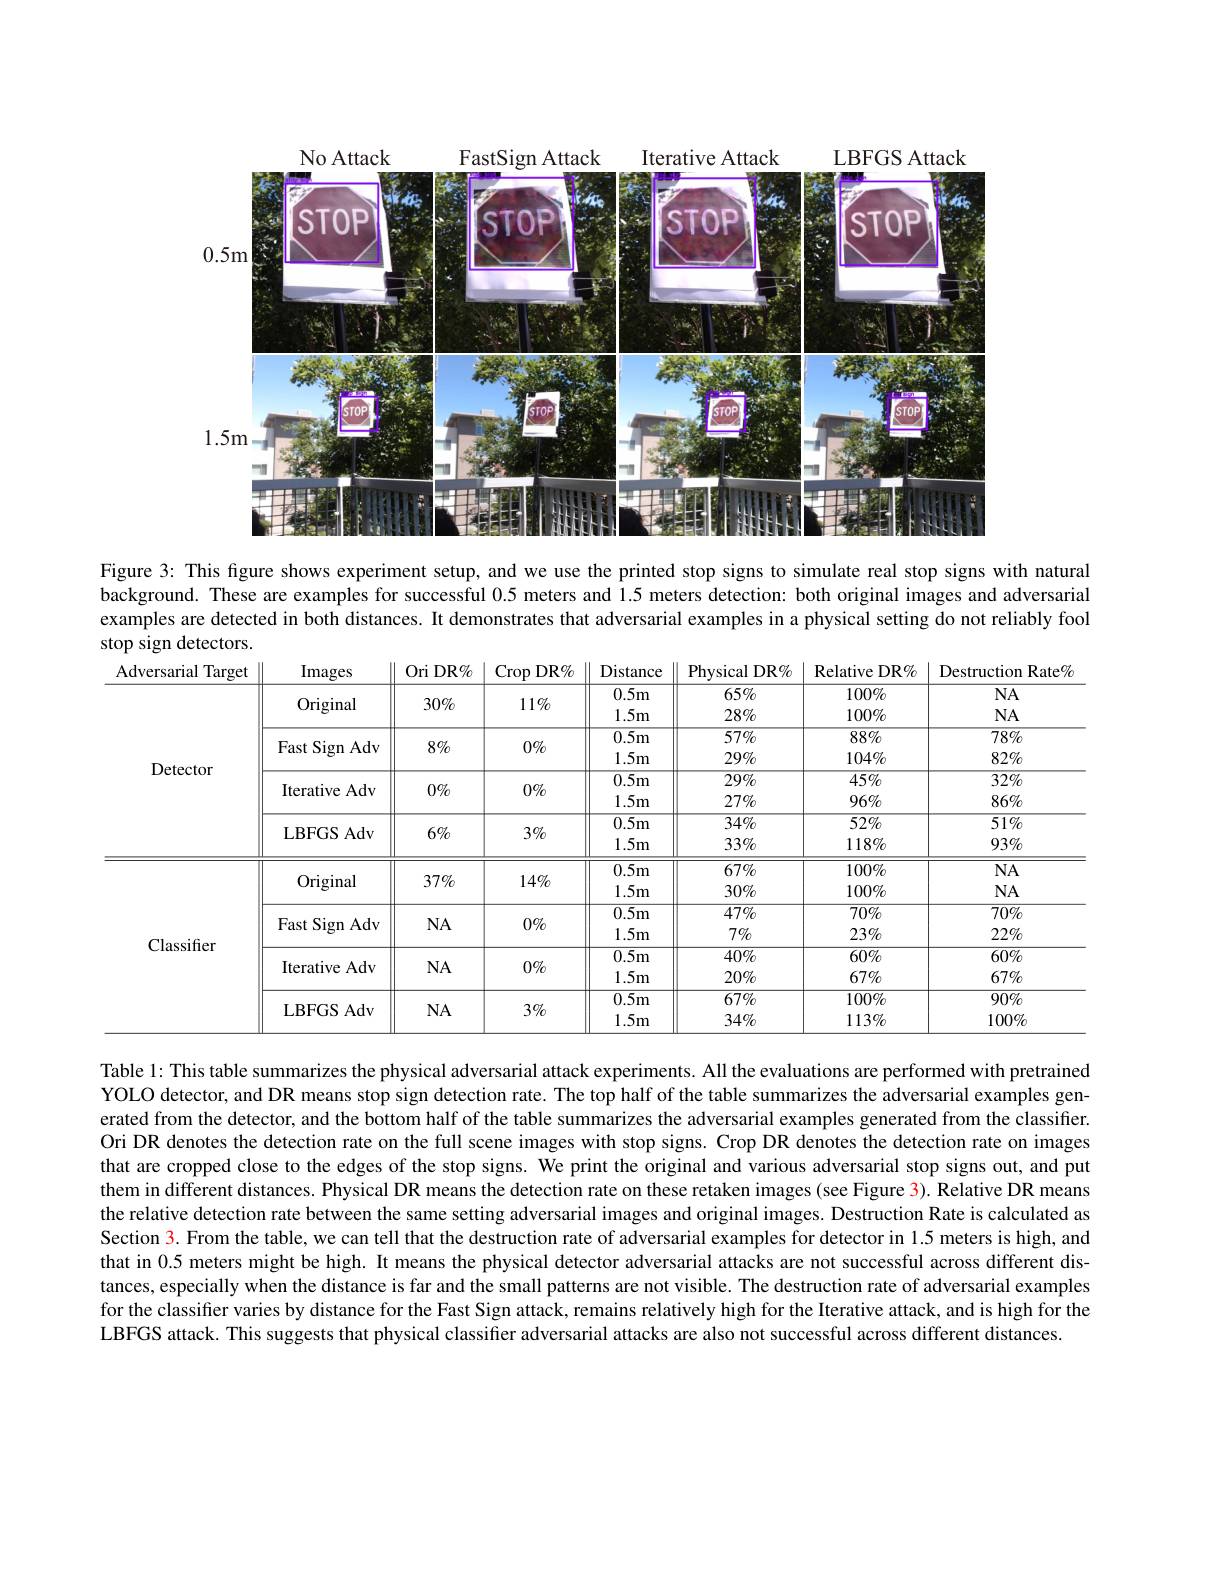
<FigureHere>

Figure 3: This figure shows experiment setup, and we use the printed stop signs to simulate real stop signs with natural background. These are examples for successful 0.5 meters and 1.5 meters detection: both original images and adversarial examples are detected in both distances. It demonstrates that adversarial examples in a physical setting do not reliably fool stop sign detectors.

<table>
	<tbody>
		<tr>
			<th>Adversarial Target</th>
			<th>Images</th>
			<th>Ori DR%</th>
			<th>$\operatorname{Crop}$ $DR\%$</th>
			<th>Distance</th>
			<th>Physical $DR\%$ </th>
			<th>Relative DR$\%$</th>
			<th>Destruction Rate%</th>
		</tr>
		<tr>
			<td rowspan="6">Detector</td>
			<td rowspan="1">Original</td>
			<td rowspan="1">$30\%$</td>
			<td>$11\%$</td>
			<td>$0.5m$ $1.5m$</td>
			<td>$65\%$ $28\%$</td>
			<td>$100\%$ $100\%$</td>
			<td>$NA$ $NA$</td>
		</tr>
		<tr>
			<td>rast sign Ad</td>
			<td rowspan="1">$8\%$</td>
			<td>$0\%$</td>
			<td>$1.5m$</td>
			<td>$29\%$</td>
			<td>$104\%$</td>
			<td>$82\%$</td>
		</tr>
		<tr>
			<td rowspan="2">Iterative Adv</td>
			<td> </td>
			<td rowspan="2">$0\%$</td>
			<td>$0.5m$</td>
			<td>$29\%$</td>
			<td>$45\%$</td>
			<td>$32\%$</td>
		</tr>
		<tr>
			<td>$0\%$</td>
			<td>$1.5m$</td>
			<td>$27\%$</td>
			<td>$96\%$</td>
			<td>$86\%$</td>
		</tr>
		<tr>
			<td> </td>
			<td rowspan="2">$6\%$</td>
			<td rowspan="2">$3\%$</td>
			<td>0.5m</td>
			<td>$34\%$</td>
			<td>$52\%$</td>
			<td>$51\%$</td>
		</tr>
		<tr>
			<td>LBFUD AdN</td>
			<td>$1.5m$</td>
			<td>$33\%$</td>
			<td>$118\%$</td>
			<td>$93\%$</td>
		</tr>
		<tr>
			<td rowspan="10">Classifier</td>
			<td> </td>
			<td rowspan="3">$37\%$</td>
			<td> </td>
			<td>$0.5m$</td>
			<td>$67\%$</td>
			<td>100%</td>
			<td>$NA$</td>
		</tr>
		<tr>
			<td>Original</td>
			<td>$14\%$</td>
			<td>$0.5m$ $1.5m$</td>
			<td>$67\%$ $30\%$</td>
			<td>100% 100%</td>
			<td>$NA$ $NA$</td>
		</tr>
		<tr>
			<td>$\operatorname{\mathrm{Umginal}}$</td>
			<td>$14\%$</td>
			<td>$1.5m$</td>
			<td>$30\%$</td>
			<td>$100\%$</td>
			<td>$NA$</td>
		</tr>
		<tr>
			<td rowspan="2">Fast Sign Adv</td>
			<td rowspan="2">$NA$</td>
			<td> </td>
			<td>$0.5m$</td>
			<td>$47\%$</td>
			<td>$70\%$</td>
			<td>$70\%$</td>
		</tr>
		<tr>
			<td>$0\%$</td>
			<td>$1.5m$</td>
			<td>$7\%$</td>
			<td>$23\%$</td>
			<td>$22\%$</td>
		</tr>
		<tr>
			<td rowspan="2">Iterative Adv</td>
			<td rowspan="2">$NA$</td>
			<td rowspan="2">$0\%$</td>
			<td>$0.5m$</td>
			<td>$40\%$</td>
			<td>$60\%$</td>
			<td>$60\%$</td>
		</tr>
		<tr>
			<td>$1.5m$</td>
			<td>$20\%$</td>
			<td>$67\%$</td>
			<td>$67\%$</td>
		</tr>
		<tr>
			<td rowspan="3">LBFGS Adv</td>
			<td rowspan="3">$NA$</td>
			<td> </td>
			<td>$0.5m$</td>
			<td>$67\%$</td>
			<td>$100\%$</td>
			<td>$90\%$</td>
		</tr>
		<tr>
			<td>$3\%$</td>
			<td>$\overline{0.5\mathrm{m}}$ $1.5m$</td>
			<td>$67\%$ $34\%$</td>
			<td>$100\%$ $113\%$</td>
			<td>$90\%$ $100\%$</td>
		</tr>
		<tr>
			<td>$J\%$</td>
			<td>$1.5m$</td>
			<td>$34\%$</td>
			<td>$113\%$</td>
			<td>$100\%$</td>
		</tr>
	</tbody>
</table>

Table 1: This table summarizes the physical adversarial attack experiments. All the evaluations are performed with pretrained YOLO detector, and DR means stop sign detection rate. The top half of the table summarizes the adversarial examples generated from the detector, and the bottom half of the table summarizes the adversarial examples generated from the classifier. Ori DR denotes the detection rate on the full scene images with stop signs. Crop DR denotes the detection rate on images that are cropped close to the edges of the stop signs. We print the original and various adversarial stop signs out, and put them in different distances. Physical DR means the detection rate on these retaken images (see Figure 3). Relative DR means the relative detection rate between the same setting adversarial images and original images. Destruction Rate is calculated as Section 3. From the table, we can tell that the destruction rate of adversarial examples for detector in 1.5 meters is high, and that in 0.5 meters might be high. It means the physical detector adversarial attacks are not successful across different distances, especially when the distance is far and the small patterns are not visible. The destruction rate of adversarial examples for the classifier varies by distance for the Fast Sign attack, remains relatively high for the Iterative attack, and is high for the LBFGS attack. This suggests that physical classifier adversarial attacks are also not successful across different distances.